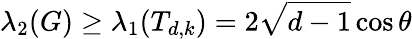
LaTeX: \lambda_{2}(G)\geq\lambda_{1}(T_{d,k})=2{\sqrt{d-1}}\cos\theta